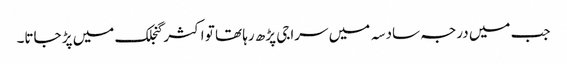
جب میں درجہ سادسہ میں سراجی پڑھ رہا تھا تو اکثر گنجلک میں پڑ جاتا۔